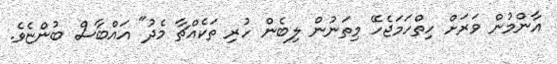
އާންމުން ވަރަށް ހިތްހަމަޖެހޭ މިތަނުން ލިބެން ހުރި ތަކެއްޗާ މެދު" އައްބާސް ބުންޏެވެ.